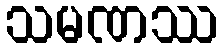
သမဏဿ